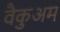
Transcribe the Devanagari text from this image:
वैकुअम